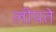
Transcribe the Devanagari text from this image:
लीपते